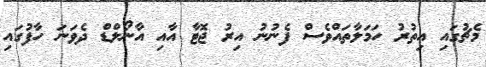
މެޗުގައި އިތުރު ހަމަލާތައްވެސް ފެނުނު އިރު ޖޮޓާ އާއި އާނޯލްޑް ދެވަނަ ހާފުގައި